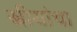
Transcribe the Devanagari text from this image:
स्त्रीयांचा